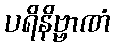
ပရိနိဗ္ဗာဏံ